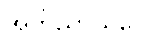
အဘိညာယပေ